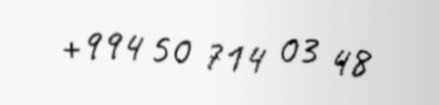
+994 50 714 03 48